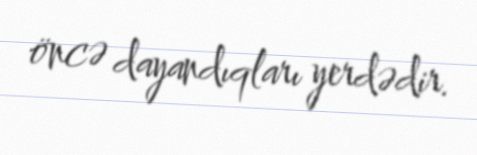
öncə dayandıqları yerdədir.